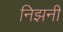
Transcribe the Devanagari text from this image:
निझनी